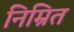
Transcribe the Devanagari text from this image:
निम्रित